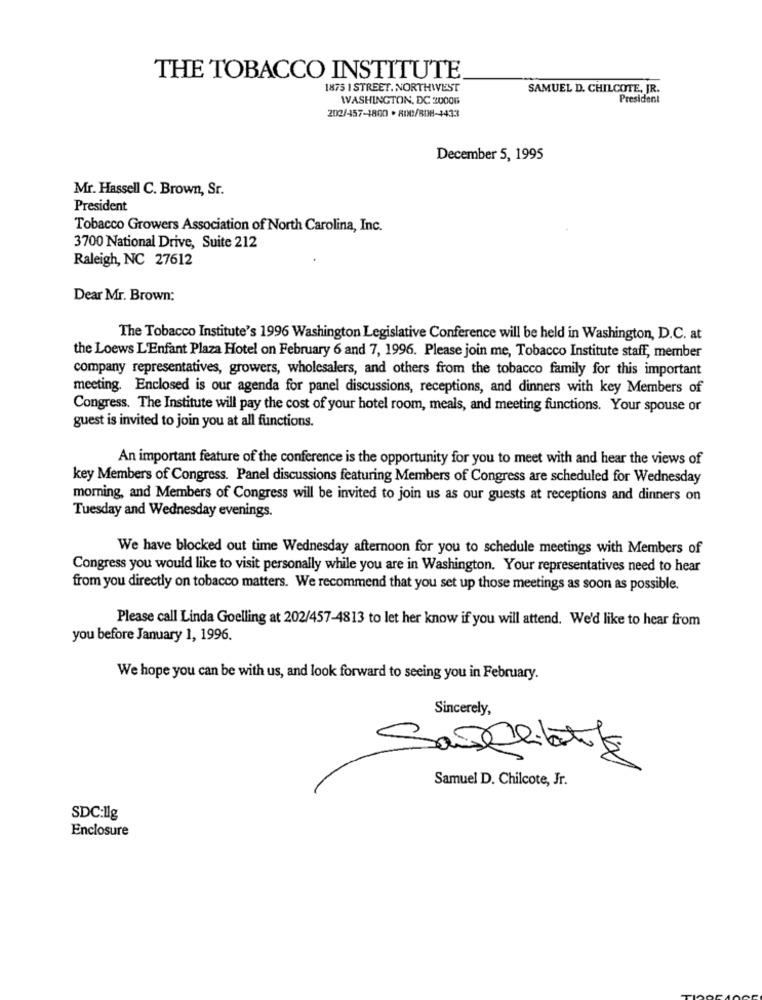
THE TOBACCO INSTITUTE
1875 1 STREET. NORTHIVEST
SAMUEL D. CHILCOTE, JR.
WASHINGTON, DC 20006
President
202/457-1800 . 800/808-4433
December 5, 1995
Mr. Hassell C. Brown, Sr.
President
Tobacco Growers Association of North Carolina, Inc.
3700 National Drive, Suite 212
Raleigh, NC 27612
Dear Mr. Brown:
The Tobacco Institute's 1996 Washington Legislative Conference will be held in Washington, D.C. at
the Loews L'Enfant Plaza Hotel on February 6 and 7, 1996. Please join me, Tobacco Institute staff, member
company representatives, growers, wholesalers, and others from the tobacco family for this important
meeting. Enclosed is our agenda for panel discussions, receptions, and dinners with key Members of
Congress. The Institute will pay the cost of your hotel room, meals, and meeting functions. Your spouse or
guest is invited to join you at all functions.
An important feature of the conference is the opportunity for you to meet with and hear the views of
key Members of Congress. Panel discussions featuring Members of Congress are scheduled for Wednesday
morning, and Members of Congress will be invited to join us as our guests at receptions and dinners on
Tuesday and Wednesday evenings.
We have blocked out time Wednesday afternoon for you to schedule meetings with Members of
Congress you would like to visit personally while you are in Washington. Your representatives need to hear
from you directly on tobacco matters. We recommend that you set up those meetings as soon as possible.
Please call Linda Goelling at 202/457-4813 to let her know if you will attend. We'd like to hear from
you before January 1, 1996.
We hope you can be with us, and look forward to seeing you in February.
Sincerely,
Suspeitatiz
Samuel D. Chilcote, Jr.
SDC:Ilg
Enclosure